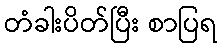
တံခါးပိတ်ပြီး စာပြရ